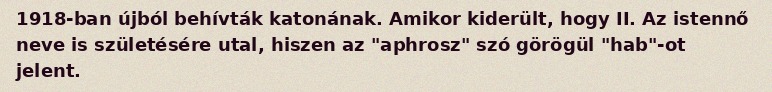
1918-ban újból behívták katonának. Amikor kiderült, hogy II. Az istennő neve is születésére utal, hiszen az "aphrosz" szó görögül "hab"-ot jelent.